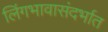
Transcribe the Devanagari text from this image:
लिंगभावासंदर्भात